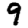
Digit: 9